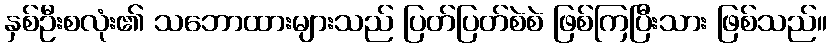
နှစ်ဦးစလုံး၏ သဘောထားများသည် ပြတ်ပြတ်စဲစဲ ဖြစ်ကြပြီးသား ဖြစ်သည်။